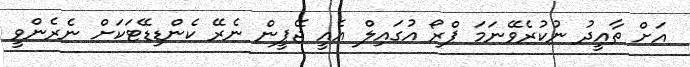
އަށް ތާއީދު ނުކުރެވޭނަމަ ޕްރޯ އުގައިލް އެއީ ޖޭޕީން ނެރޭ ކެންޑިޑޭޓަކަށް ނެރެންވީ